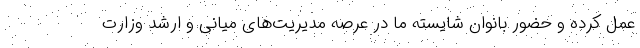
عمل کرده و حضور بانوان شایسته ما در عرصه مدیریت‌های میانی و ارشد وزارت